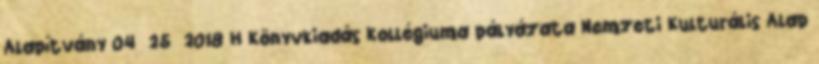
Alapítvány 04 25 2018 H Könyvkiadás Kollégiuma pályázata Nemzeti Kulturális Alap